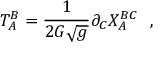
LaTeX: T _ { A } ^ { B } = \frac 1 { 2 G \sqrt { g } } \partial _ { C } X _ { A } ^ { B C } ~ ~ ,